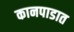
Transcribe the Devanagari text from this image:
कानपाडात